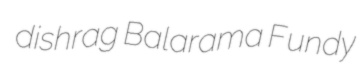
dishrag Balarama Fundy